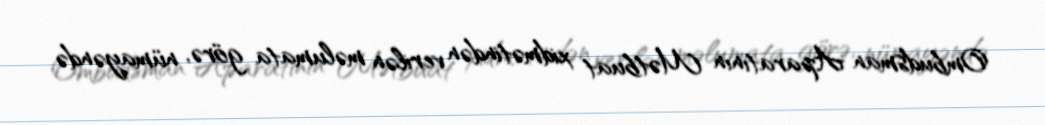
Ombudsman Aparatının Mətbuat xidmətindən verilən məlumata görə, nümayəndə